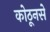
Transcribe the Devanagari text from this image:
कोठूनसे